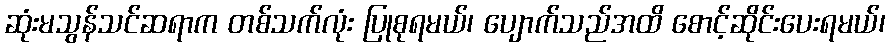
ဆုံးမသွန်သင်ဆရာက တစ်သက်လုံး ပြုစုရမယ်၊ ပျောက်သည်အထိ စောင့်ဆိုင်းပေးရမယ်၊